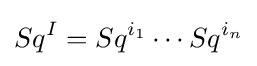
Sq^{I}=Sq^{i_{1}}\cdots Sq^{i_{n}}